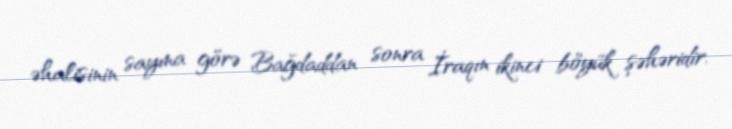
əhalisinin sayına görə Bağdaddan sonra İraqın ikinci böyük şəhəridir.